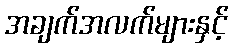
အချက်အလက်များနှင့်